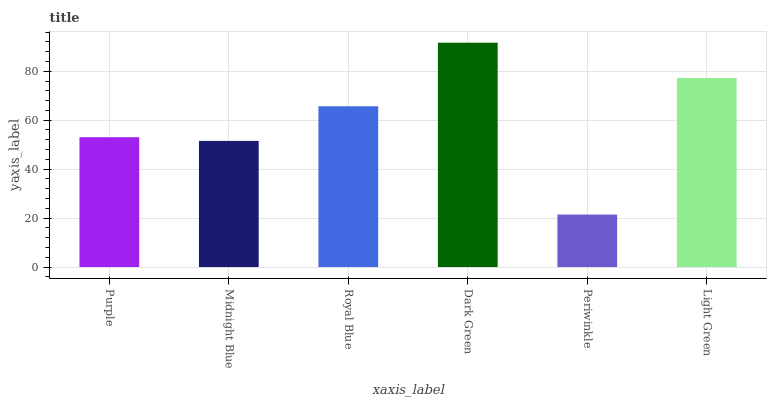
| xaxis_label | bars |
 | --- | --- |
 | Purple | 53 |
 | Midnight Blue | 51.5 |
 | Royal Blue | 65.7 |
 | Dark Green | 91.7 |
 | Periwinkle | 21.4 |
 | Light Green | 77.3 |